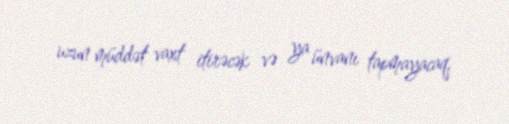
uzun müddət vaxt itirəcək və ya ünvanı tapmayacaq.